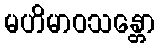
မဟိမာဝသန္တော